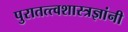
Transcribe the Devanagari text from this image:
पुरातत्त्वशास्त्रज्ञांनी